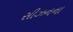
સીઝનના